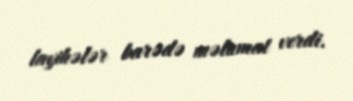
layihələr barədə məlumat verdi.